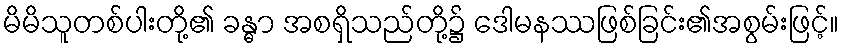
မိမိသူတစ်ပါးတို့၏ ခန္ဓာ အစရှိသည်တို့၌ ဒေါမနဿဖြစ်ခြင်း၏အစွမ်းဖြင့်။